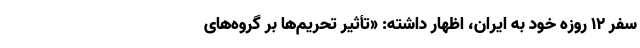
سفر 12 روزه خود به ایران، اظهار داشته: «تأثیر تحریم‌ها بر گروه‌های